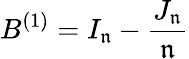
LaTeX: B^{(1)}=I_{\mathfrak{n}}-{\frac{{J_{\mathfrak{n}}}}{{\mathfrak{n}}}}